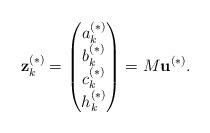
LaTeX: \begin{align*}\mathbf{z}_k^{(*)} =\begin{pmatrix}a_k^{(*)} \\ b_k^{(*)} \\ c_k^{(*)} \\ h_k^{(*)} \\\end{pmatrix} =M \mathbf{u}^{(*)}.\end{align*}